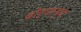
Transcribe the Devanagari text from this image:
बोर्गान्य